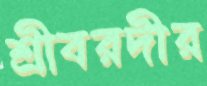
শ্রীবরদীর